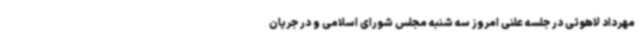
مهرداد لاهوتی در جلسه علنی امروز سه شنبه مجلس شورای اسلامی و در جریان